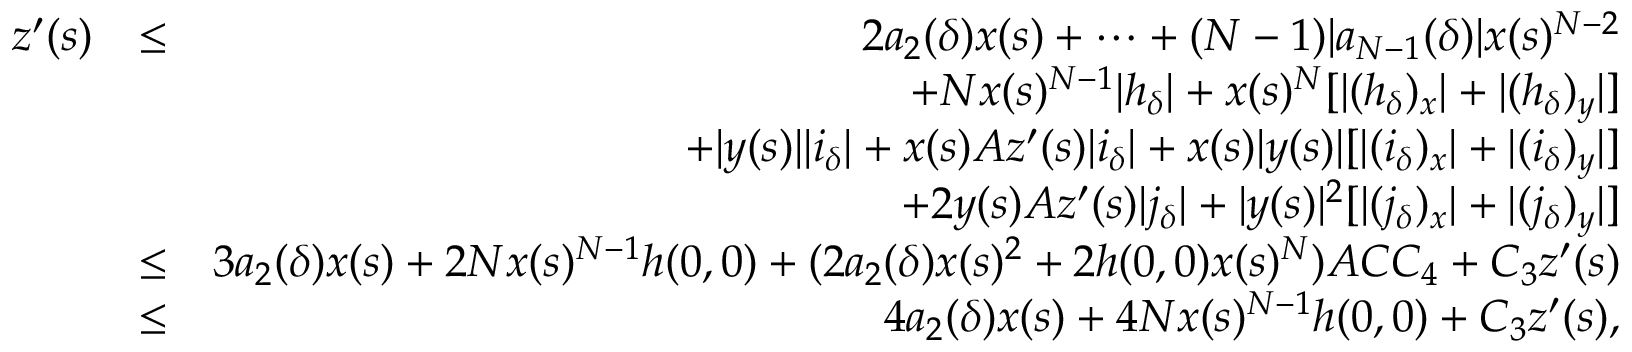
\begin{array} { r l r } { z ^ { \prime } ( s ) } & { \leq } & { 2 a _ { 2 } ( \delta ) x ( s ) + \cdots + ( N - 1 ) | a _ { N - 1 } ( \delta ) | x ( s ) ^ { N - 2 } } \\ & { } & { + N x ( s ) ^ { N - 1 } | h _ { \delta } | + x ( s ) ^ { N } [ | ( h _ { \delta } ) _ { x } | + | ( h _ { \delta } ) _ { y } | ] } \\ & { } & { + | y ( s ) | | i _ { \delta } | + x ( s ) A z ^ { \prime } ( s ) | i _ { \delta } | + x ( s ) | y ( s ) | [ | ( i _ { \delta } ) _ { x } | + | ( i _ { \delta } ) _ { y } | ] } \\ & { } & { + 2 y ( s ) A z ^ { \prime } ( s ) | j _ { \delta } | + | y ( s ) | ^ { 2 } [ | ( j _ { \delta } ) _ { x } | + | ( j _ { \delta } ) _ { y } | ] } \\ & { \leq } & { 3 a _ { 2 } ( \delta ) x ( s ) + 2 N x ( s ) ^ { N - 1 } h ( 0 , 0 ) + ( 2 a _ { 2 } ( \delta ) x ( s ) ^ { 2 } + 2 h ( 0 , 0 ) x ( s ) ^ { N } ) A C C _ { 4 } + C _ { 3 } z ^ { \prime } ( s ) } \\ & { \leq } & { 4 a _ { 2 } ( \delta ) x ( s ) + 4 N x ( s ) ^ { N - 1 } h ( 0 , 0 ) + C _ { 3 } z ^ { \prime } ( s ) , } \end{array}